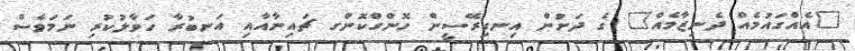
"އެއްގައުމެއް ދެނިޒާމެއް" ގެ ދަށުން އިނގިރޭސީން ހޮންގްކޮންގ ޗައިނާއާއި އަނބުރާ ހަވާލުކުރި ނަމަވެސް